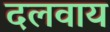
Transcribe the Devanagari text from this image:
दलवाय